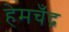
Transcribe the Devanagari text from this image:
हेमचँद्र